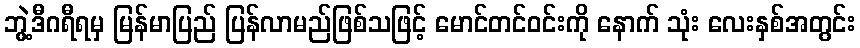
ဘွဲ့ဒီဂရီရမှ မြန်မာပြည် ပြန်လာမည်ဖြစ်သဖြင့် မောင်တင်ဝင်းကို နောက် သုံး လေးနှစ်အတွင်း